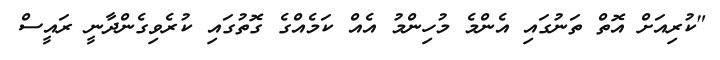
"ކުރިއަށް އޮތް ތަނުގައި އެންމެ މުހިންމު އެއް ކަމެއްގެ ގޮތުގައި ކުރެވިގެންދާނީ ރައީސް